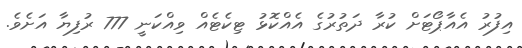
އިފުރު އެއާޕޯޓަށް ކުރާ ދަތުރުގެ އެއްކޮޅު ޓިކެޓެއް ވިއްކަނީ 777 ރުފިޔާ އަށެވެ.